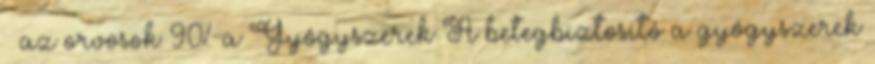
– az orvosok 90%-a Gyógyszerek A betegbiztosító a gyógyszerek